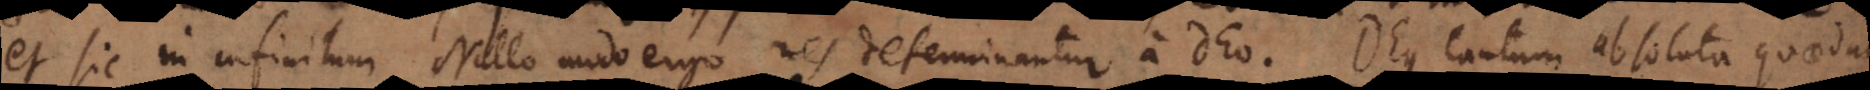
et sic in infinitum. Nullo modo ergo res determinantur a Deo. Deus tantum absoluta quaedam